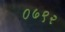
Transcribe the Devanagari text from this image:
०७९२